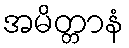
အမိတ္တာနံ